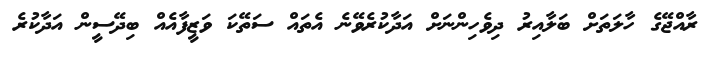
ރާއްޖޭގެ ހާލަތަށް ބަލާއިރު ދިވެހިންނަށް އަދާކުރެވޭނެ އެތައް ސަތޭކަ ވަޒީފާއެއް ބިދޭސީން އަދާކުރެ